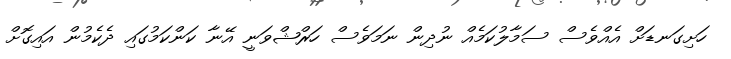
ހަށިގަނޑަށް އެއްވެސް ސަމާލުކަމެއް ނުދިން ނަމަވެސް ހަރްޝްވަނީ އޭނާ ކަންކަމުގައި ދެކެމުން އައިގޮށް